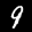
Label: 9